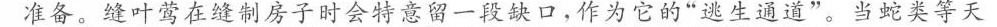
准备。缝叶莺在缝制房子时会特意留一段缺口，作为它的”逃生通道”。当蛇类等天